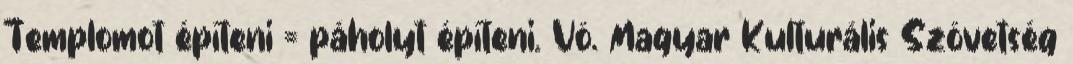
Temp­lomot építeni = páholyt építeni. Vö. Magyar Kulturális Szövetség